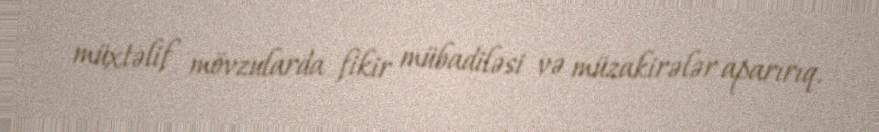
müxtəlif mövzularda fikir mübadiləsi və müzakirələr aparırıq.